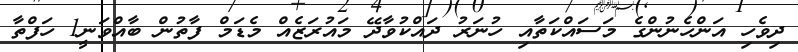
ދިވެހި އަންހެނުންގެ މަސައްކަތާއި ހުނަރު ދައްކުވާދޭ މައުރަޒެއް މެޑަމް ފާތުން ބާއްވަނީ1 ހަފްތާ